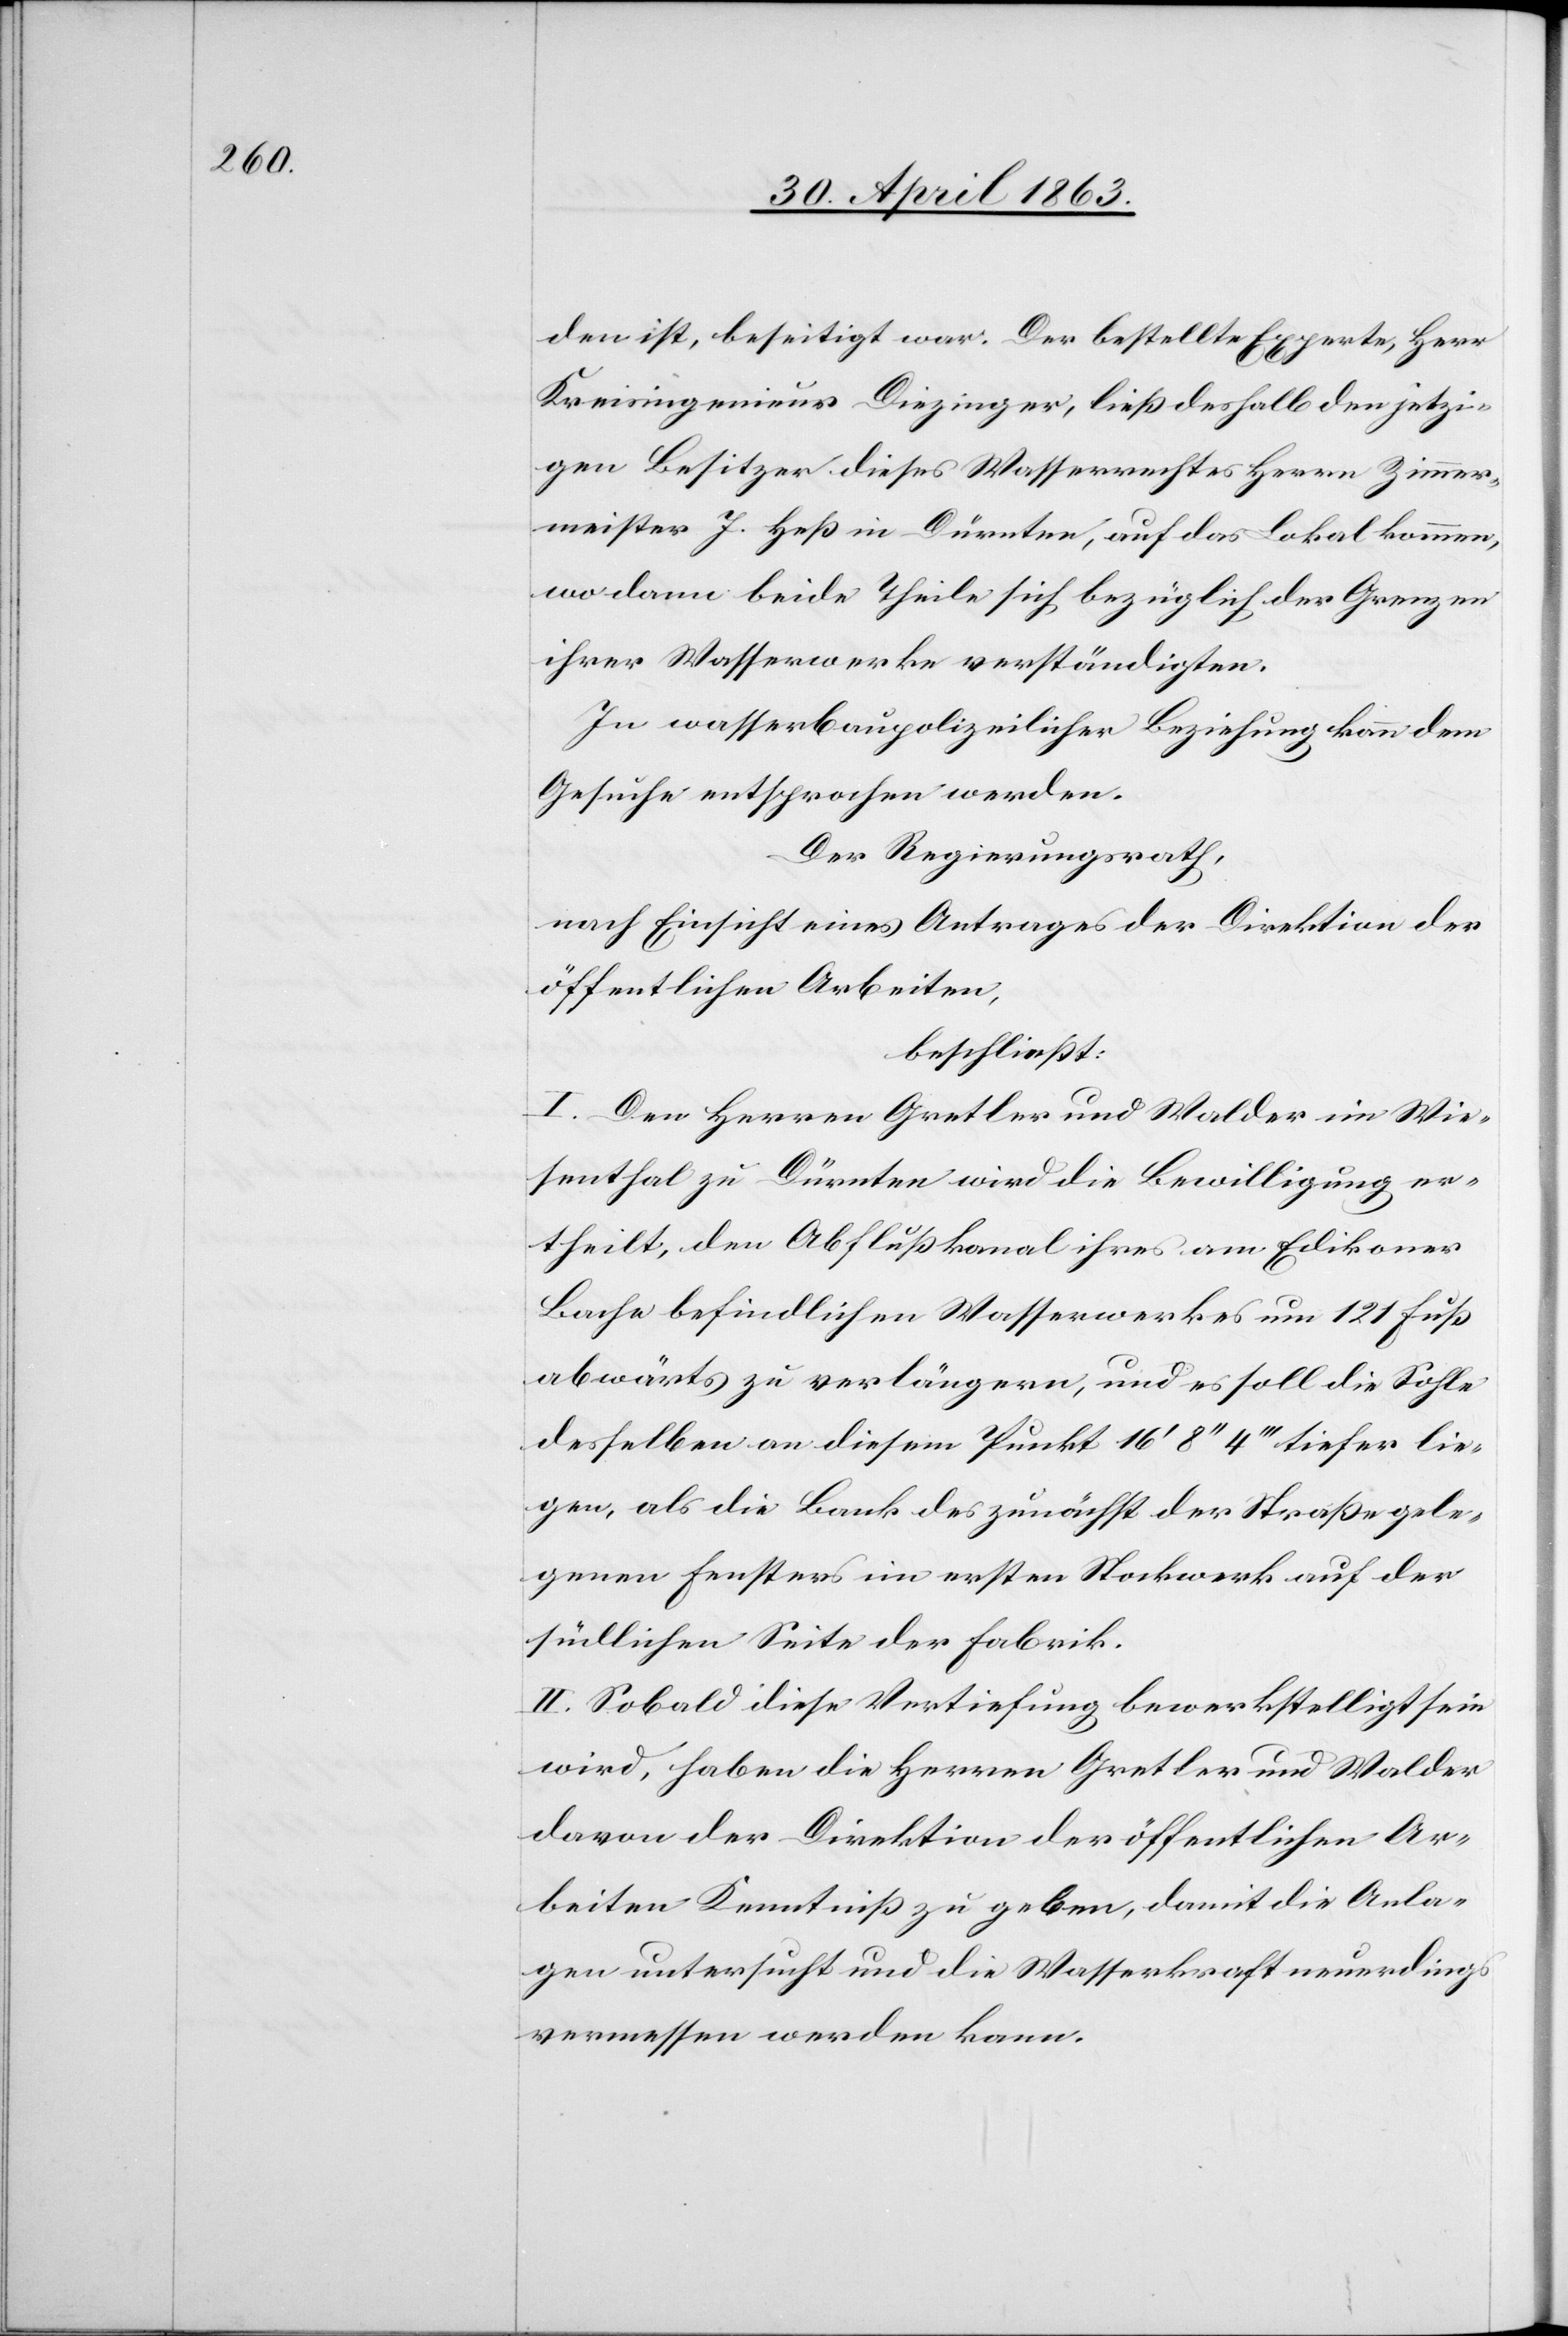
den ist, beseitigt war. Der bestellte Experte, Herr
Kreisingenieur Diezinger, ließ deshalb den jetzi¬
gen Besitzer dieses Wasserrechtes Herrn Zimmer¬
meister J. Heß in Dürnten, auf das Lokal kommen,
wo dann beide Theile sich bezüglich der Grenzen
ihrer Wasserwerke verständigten.
In wasserbaupolizeilicher Beziehung kann dem
Gesuche entsprochen werden.
Der Regierungsrath
nach Einsicht eines Antrages der Direktion der
öffentlichen Arbeiten,
beschließt:
I. Den Herren Gretler und Walder im Wie¬
senthal zu Dürnten wird die Bewilligung er¬
theilt, den Abflußkanal ihres am Edikoner
Bache befindlichen Wasserwerkes um 121 Fuß
abwärts zu verlängern, und es soll die Sohle
desselben an diesem Punkt 16' 8'' 4''' tiefer lie¬
gen, als die Bank des zunächst der Straße gele¬
genen Fensters im ersten Stockwerk auf der
südlichen Seite der Fabrik.
II. Sobald diese Vertiefung bewerkstelligt sein
wird, haben die Herren Gretler und Walder
davon der Direktion der öffentlichen Ar¬
beiten Kenntniß zu geben, damit die Anla¬
gen untersucht und die Wasserkraft neuerdings
vermessen werden kann.